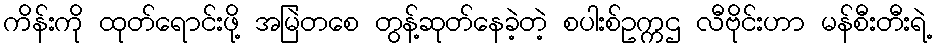
ကိန်းကို ထုတ်ရောင်းဖို့ အမြဲတစေ တွန့်ဆုတ်နေခဲ့တဲ့ စပါးစ်ဥက္ကဌ လီဗိုင်းဟာ မန်စီးတီးရဲ့